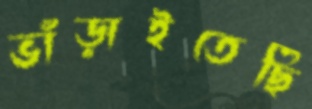
ভাঁড়াইতেছি